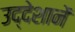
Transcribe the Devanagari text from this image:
उद्देशानें